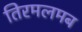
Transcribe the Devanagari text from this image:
तिरमलमब